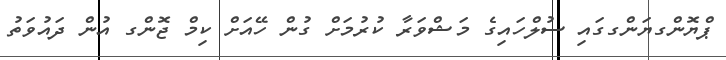
ޕްޔޮންގޔަންގގައި ސުލްހައިގެ މަޝްވަރާ ކުރުމަށް ގުން ހޭއަށް ކިމް ޖޮންގ އުން ދައުވަތު